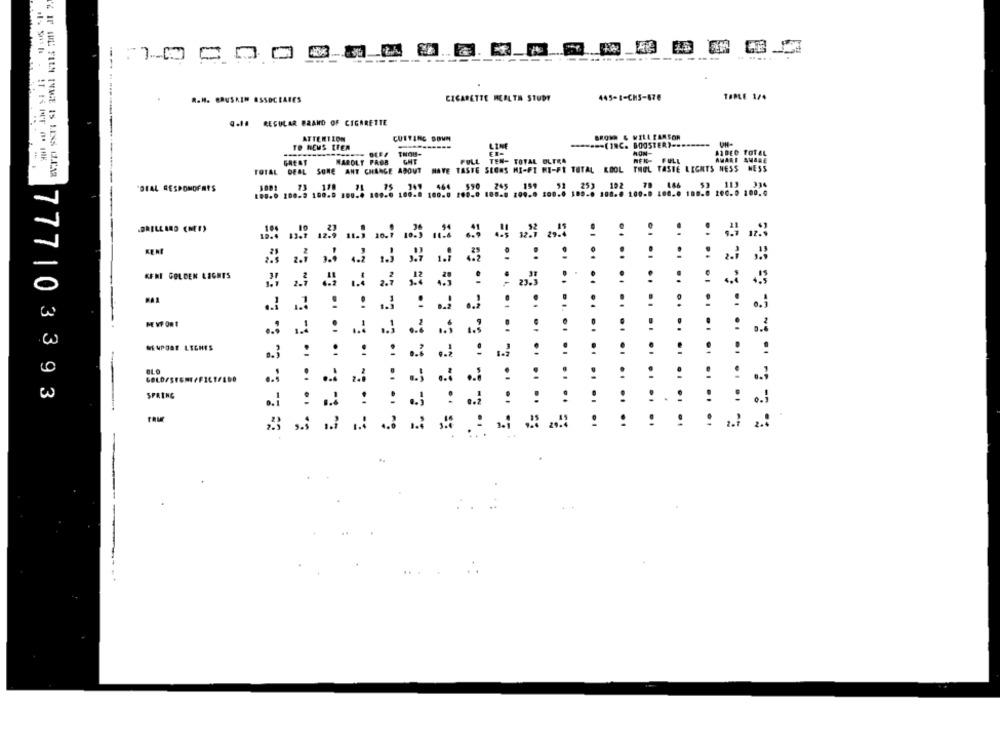
---
---
-------.
445-1-CH5-676
TEPLE 1/4
R.H. SRUSKEM ASSOCIATES
CIGARETTE HEALTH STUDY
Q.1# REGULAR BRAND OF CIGARETTE
BROWN & WILL PARSON
ATTENTION
CUTTING DOWN
===== (INC. BOOSTER) ...
TO HEMS LIER
LIN
THOUS-
MON-
SIDEO FOTEL
GREAT
HAROLT PROB
GHT
FULL TEN- TOTAL OLERA
REN- FULL
AMARI AMARE
TOTAL DEAL SONE ANT CHANGE ABOUT HAVE TASTE SECHS MI-FI HI-FI TOTAL KOOL THOL TASTE LIGHTS NESS
NESS
"DIAL RESPONDFATS
KERI
KENT GOLDEN LIGHTS
..
.1
PAL
..
ME VF OR t
..
:
.. 3
NEWPORT LECHES
:
777103393
SPRING
.
.. ..
.. ..
..
=
.... .
--